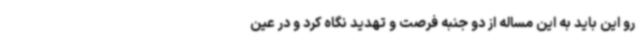
رو این باید به این مساله از دو جنبه فرصت و تهدید نگاه کرد و در عین